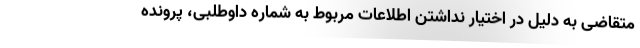
متقاضی به دلیل در اختیار نداشتن اطلاعات مربوط به شماره داوطلبی، پرونده